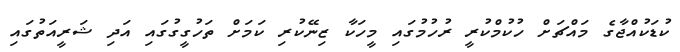
ކުޑަކުއްޖާގެ މައްޗަށް ހުކުމްކުރީ ރުހުމުގައި މީހަކާ ޒިނޭކުރި ކަމަށް ތަހުގީގުގައި އަދި ޝަރީއަތުގައި